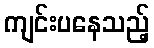
ကျင်းပနေသည့်